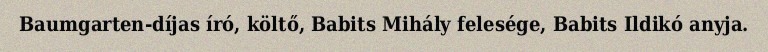
Baumgarten-díjas író, költő, Babits Mihály felesége, Babits Ildikó anyja.